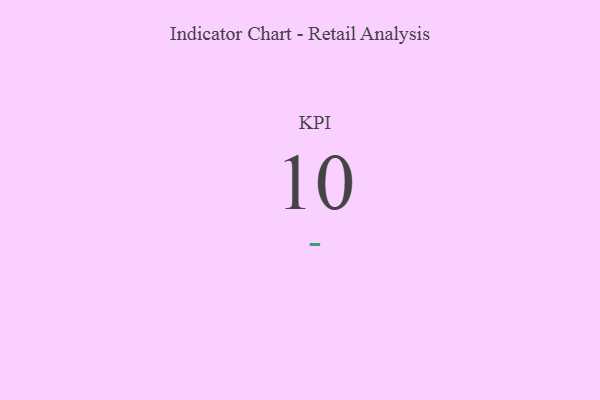
{"axis": {"x": "KPI", "y": "Value"}, "legend": [""], "data": [{"x": "KPI", "y": 10, "type": ""}]}